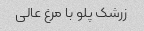
زرشک پلو با مرغ عالی